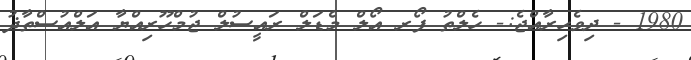
1980 - ދިވެހިރާއްޖެ:- ހެލްތު ފޯރ އޯލް މެޑަލް ރައީސުލް ޖުމްހޫރިއްޔާ އަލްއުސްތާޛު